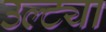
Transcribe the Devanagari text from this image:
उल्ट्या